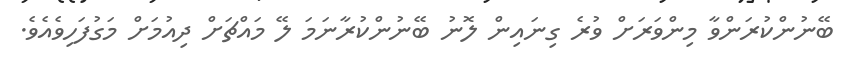
ބޭނުންކުރަންވާ މިންވަރަށް ވުރެ ގިނައިން ލޮނު ބޭނުންކުރާނަމަ ލޭ މައްޗަށް ދިއުމަށް މަގުފަހިވެއެވެ.